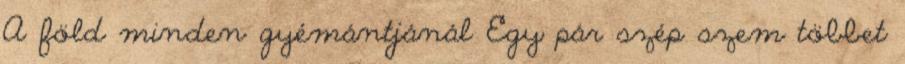
A föld minden gyémántjánál Egy pár szép szem többet